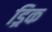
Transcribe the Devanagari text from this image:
ड्रिक